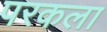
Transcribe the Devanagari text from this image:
परकला